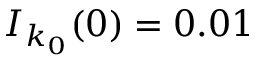
I _ { k _ { 0 } } ( 0 ) = 0 . 0 1